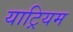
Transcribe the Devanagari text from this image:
याट्रियम